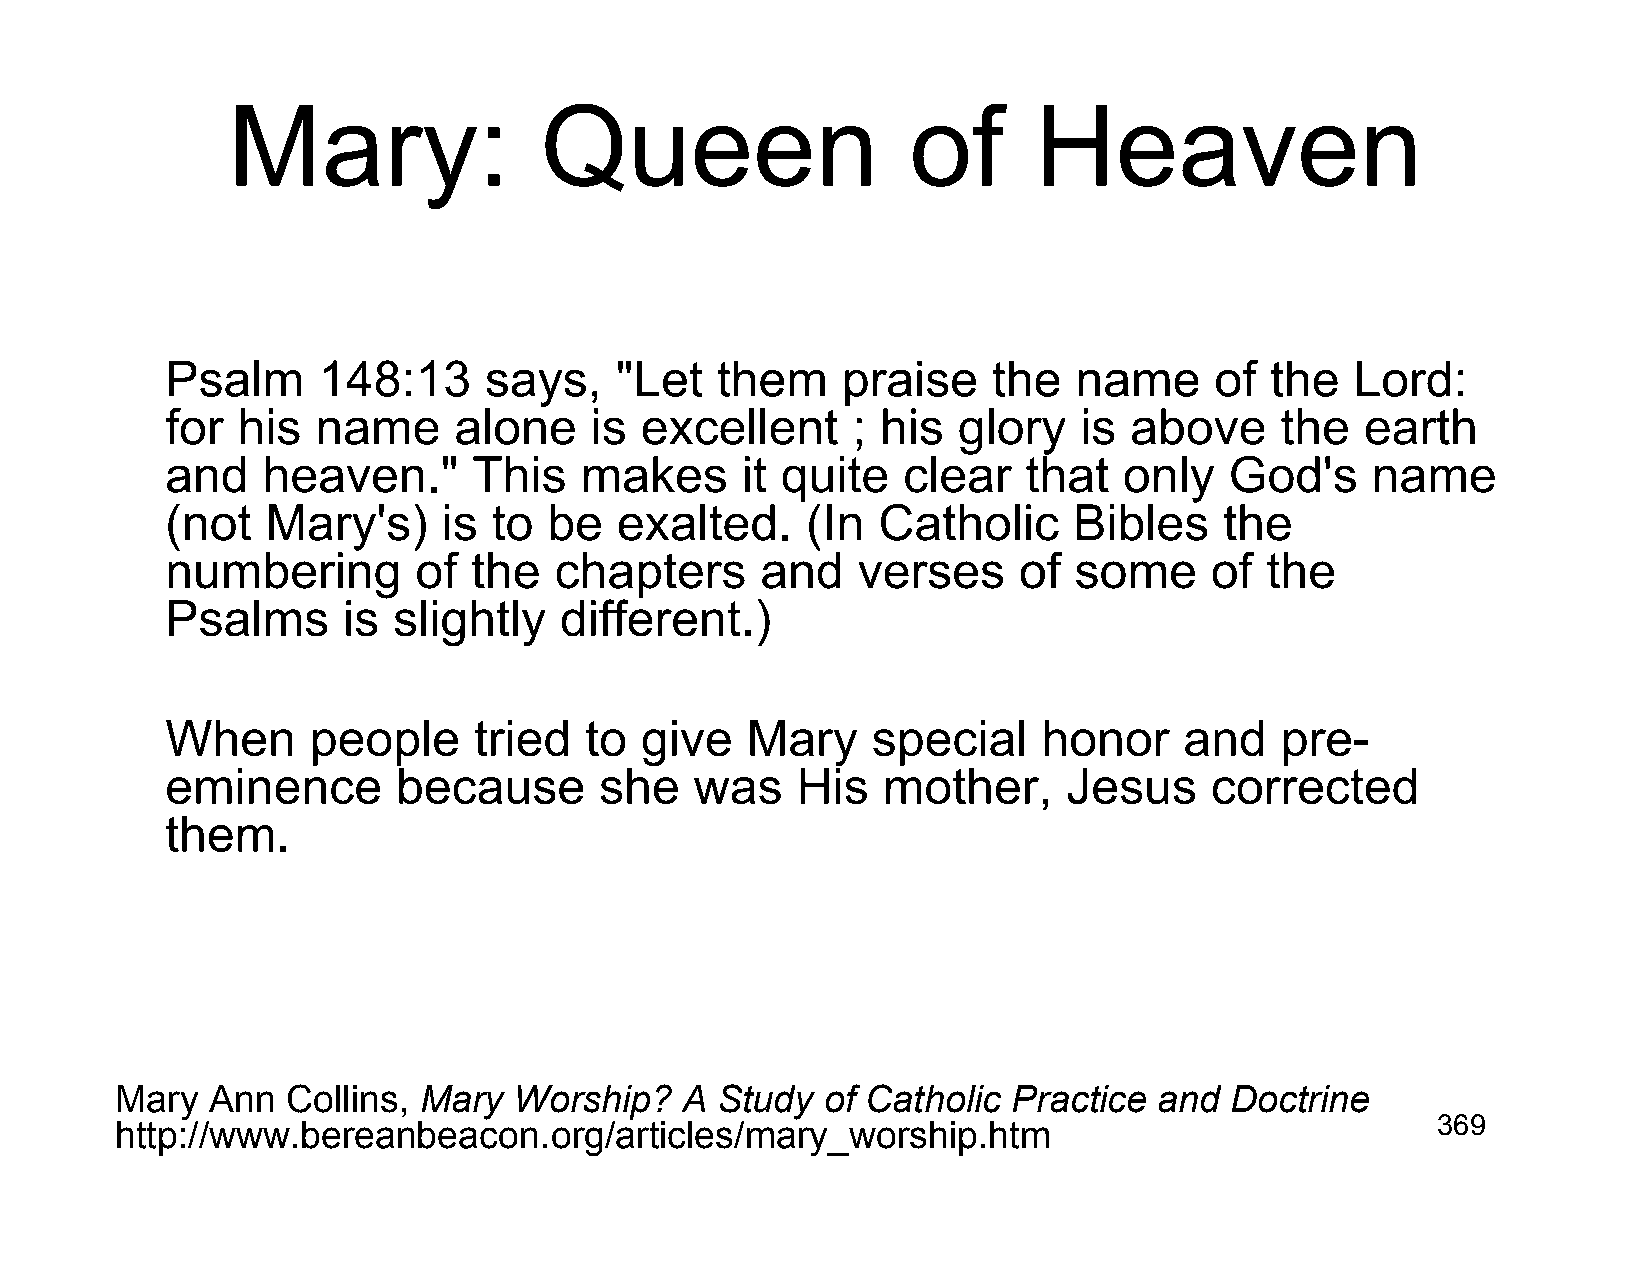
Mary:                Queen                   of      Heaven
 Psalm     148:13     says,    "Let  them     praise    the  name     of  the   Lord:
 for  his  name     alone    is excellent     ; his  glory   is  above     the  earth
 and   heaven."      This   makes      it quite   clear   that  only   God's     name
 (not   Mary's)    is  to be   exalted.    (In  Catholic     Bibles    the
 numbering       of  the   chapters     and    verses    of  some     of  the
 Psalms      is slightly   different.)
 When      people    tried   to give   Mary     special    honor    and    pre-
 eminence       because       she   was    His  mother,      Jesus    corrected
 them.
 Mary  Ann  Collins, Mary  Worship?   A Study   of Catholic Practice  and Doctrine
 http://www.bereanbeacon.org/articles/mary_worship.htm                                  369